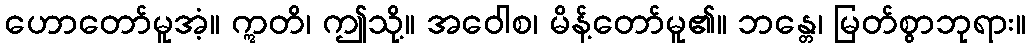
ဟောတော်မူအံ့။ ဣတိ၊ ဤသို့။ အဝေါစ၊ မိန့်တော်မူ၏။ ဘန္တေ၊ မြတ်စွာဘုရား။